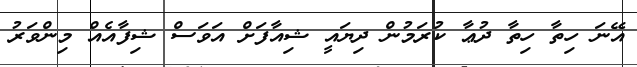
އޭނަ ހިތާ ހިތާ ދުޢާ ކުރަމުން ދިޔައީ ޝިއާފަށް އަވަސް ޝިފާއެއް މިންވަރު